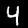
Digit: 4